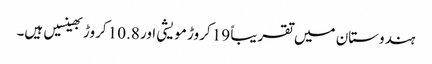
ہندوستان میں تقریباً 19 کروڑ مویشی اور 10.8 کروڑ بھینسیں ہیں۔